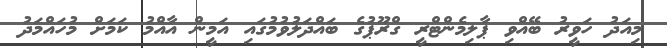
މިއަދު ހަވީރު ބޭއްވި ޕާލިމެންޓްރީ ގްރޫޕުގެ ބައްދަލުވުމުގައި އަމީން އާއްމު ކަމަށް މުހައްމަދު